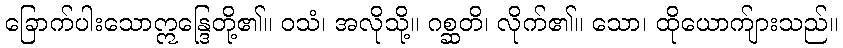
ခြောက်ပါးသောဣန္ဒြေတို့၏။ ဝသံ၊ အလိုသို့။ ဂစ္ဆတိ၊ လိုက်၏။ သော၊ ထိုယောက်ျားသည်။